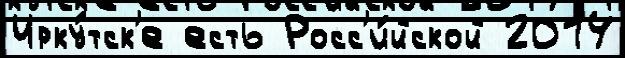
Ирку́тск'е есть Росс'и́йской 2014